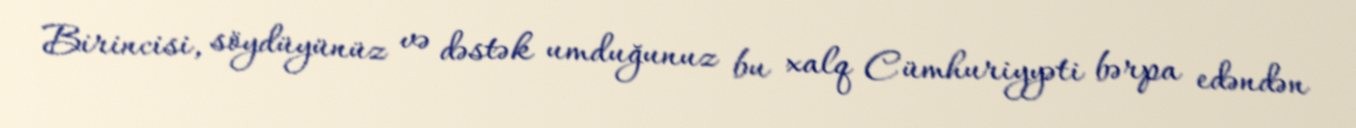
Birincisi, söydüyünüz və dəstək umduğunuz bu xalq Cümhuriyyəti bərpa edəndən